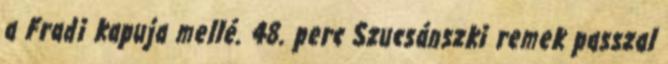
a Fradi kapuja mellé. 48. perc Szucsánszki remek passzal